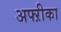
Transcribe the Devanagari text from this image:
अफ्ऱीका